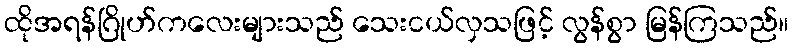
ထိုအရန်ဂြိုဟ်ကလေးများသည် သေးငယ်လှသဖြင့် လွန်စွာ မြန်ကြသည်။